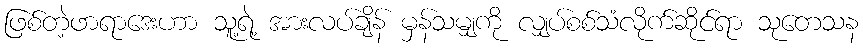
ဖြစ်တဲ့ဖာရာဒေးဟာ သူ့ရဲ့ အားလပ်ချိန် မှန်သမျှကို လျှပ်စစ်သံလိုက်ဆိုင်ရာ သုတေသန